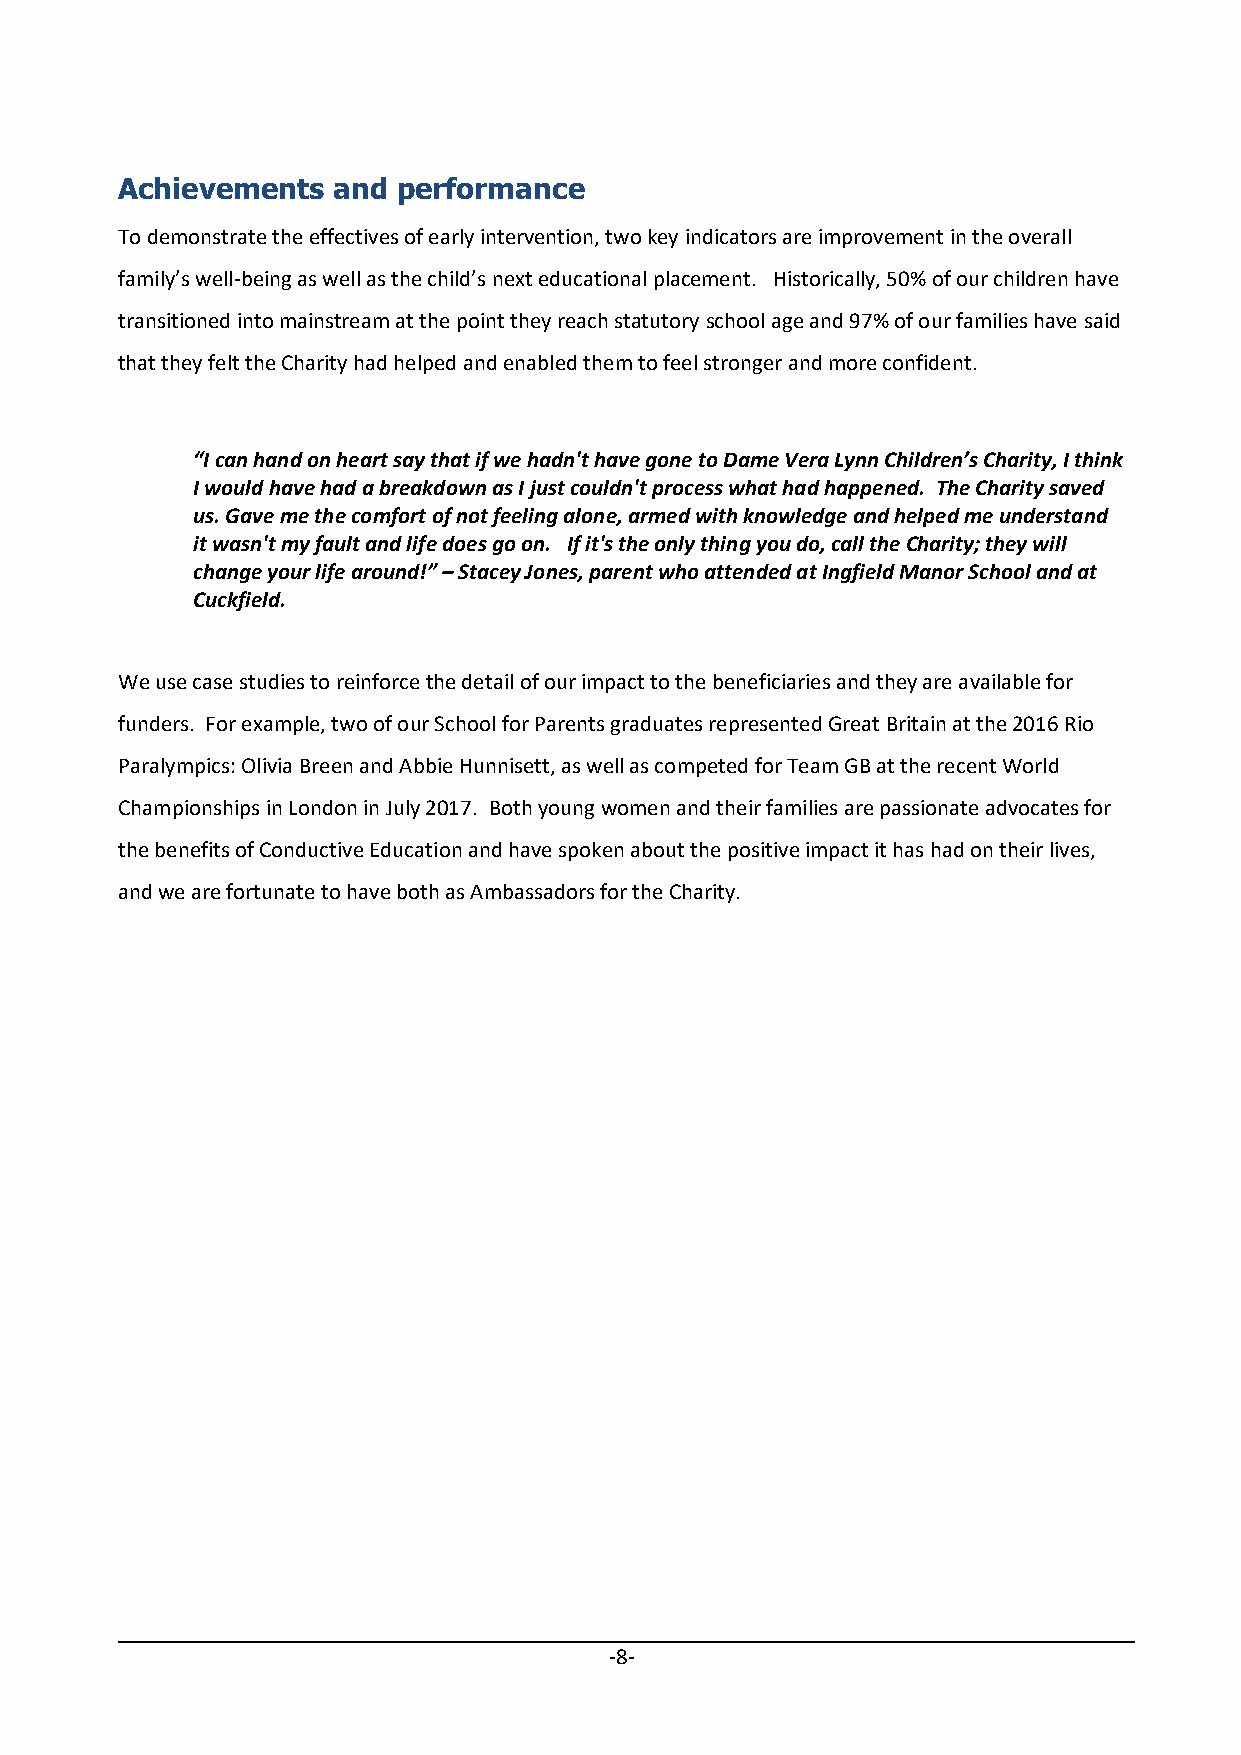
Achievements  and performance
 To demonstrate the effectives of early intervention, two key indicators are improvement in the overall
 family’s well‐being as well as the child’s next educational placement. Historically, 50% of our children have
 transitioned into mainstream at the point they reach statutory school age and 97% of our families have said
 that they felt the Charity had helped and enabled them to feel stronger and more confident.
 “I can hand on heart say that if we hadn't have gone to Dame Vera Lynn Children’s Charity, I think
 I would have had a breakdown as I just couldn't process what had happened. The Charity saved
 us. Gave me the comfort of not feeling alone, armed with knowledge and helped me understand
 it wasn't my fault and life does go on. If it's the only thing you do, call the Charity; they will
 change your life around!” – Stacey Jones, parent who attended at Ingfield Manor School and at
 Cuckfield.
 We use case studies to reinforce the detail of our impact to the beneficiaries and they are available for
 funders. For example, two of our School for Parents graduates represented Great Britain at the 2016 Rio
 Paralympics: Olivia Breen and Abbie Hunnisett, as well as competed for Team GB at the recent World
 Championships in London in July 2017. Both young women and their families are passionate advocates for
 the benefits of Conductive Education and have spoken about the positive impact it has had on their lives,
 and we are fortunate to have both as Ambassadors for the Charity.
 ‐8‐